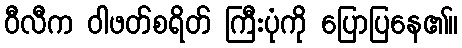
ဝီလီက ဝါဖတ်စရိတ် ကြီးပုံကို ပြောပြနေ၏။